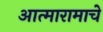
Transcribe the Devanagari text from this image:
आत्मारामाचे